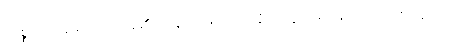
သစ္စဝါရခန်း၌လည်း ရှိ၏)။ ။ နိရောဓါပုဒ်၌ နိ-သဒ္ဒါ၊ ရောဓ-သဒ္ဒါ ဟောနက်ကို